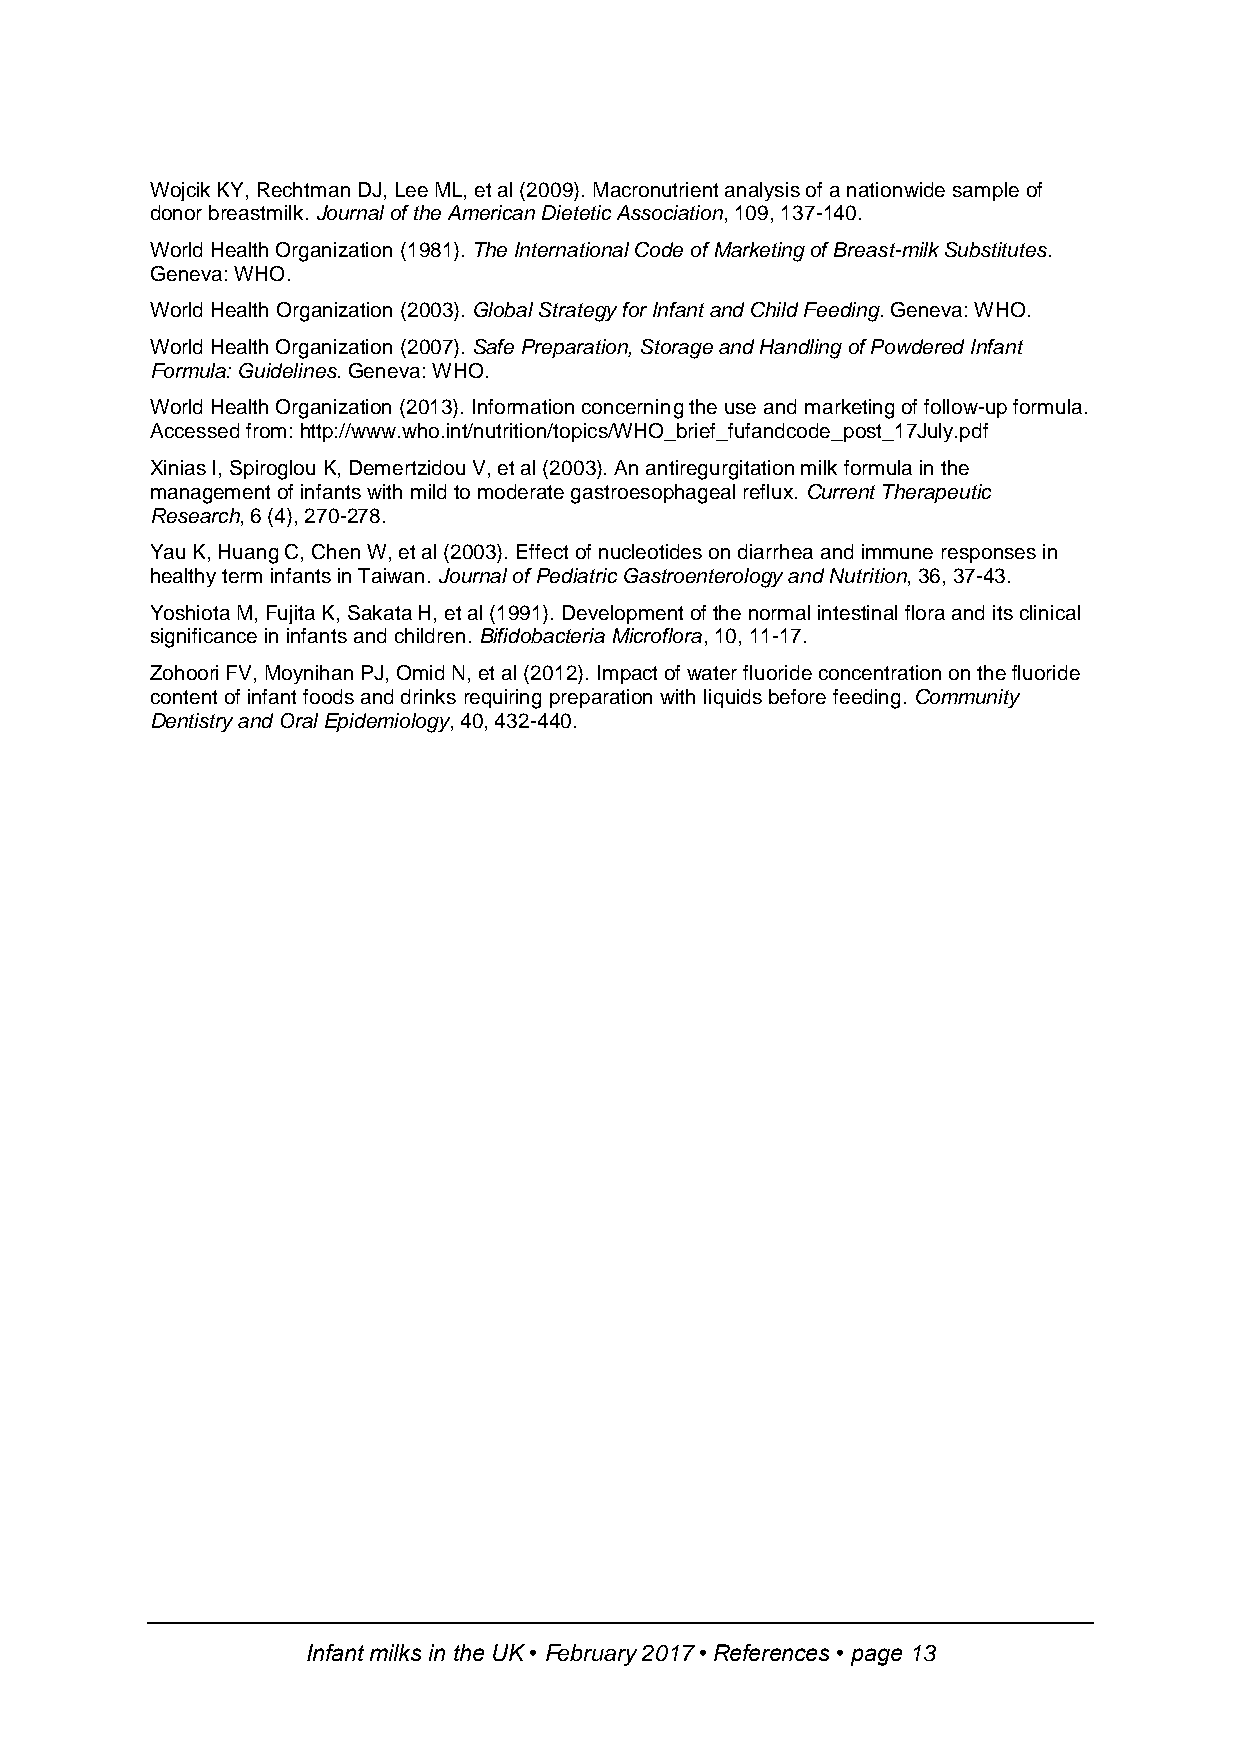
Wojcik KY, Rechtman DJ, Lee ML, et al (2009). Macronutrient analysis of a nationwide sample of
 donor breastmilk. Journal of the American Dietetic Association, 109, 137-140.
 World Health Organization (1981). The International Code of Marketing of Breast-milk Substitutes.
 Geneva: WHO.
 World Health Organization (2003). Global Strategy for Infant and Child Feeding. Geneva: WHO.
 World Health Organization (2007). Safe Preparation, Storage and Handling of Powdered Infant
 Formula: Guidelines. Geneva: WHO.
 World Health Organization (2013). Information concerning the use and marketing of follow-up formula.
 Accessed from: http://www.who.int/nutrition/topics/WHO_brief_fufandcode_post_17July.pdf
 Xinias I, Spiroglou K, Demertzidou V, et al (2003). An antiregurgitation milk formula in the
 management of infants with mild to moderate gastroesophageal reflux. Current Therapeutic
 Research, 6 (4), 270-278.
 Yau K, Huang C, Chen W, et al (2003). Effect of nucleotides on diarrhea and immune responses in
 healthy term infants in Taiwan. Journal of Pediatric Gastroenterology and Nutrition, 36, 37-43.
 Yoshiota M, Fujita K, Sakata H, et al (1991). Development of the normal intestinal flora and its clinical
 significance in infants and children. Bifidobacteria Microflora, 10, 11-17.
 Zohoori FV, Moynihan PJ, Omid N, et al (2012). Impact of water fluoride concentration on the fluoride
 content of infant foods and drinks requiring preparation with liquids before feeding. Community
 Dentistry and Oral Epidemiology, 40, 432-440.
 Infant milks in the UK • February 2017 • References • page 13